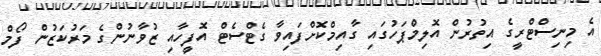
އެ މިނިސްޓްރީގެ އިތުރުން އޮލިމްޕަހުގައި ގާއިމްކޮށްފައިވާ ގެޓްސެޓް އޮފީހާއި ޒުވާނުންގެ މަރުކަޒުން ފޯމް